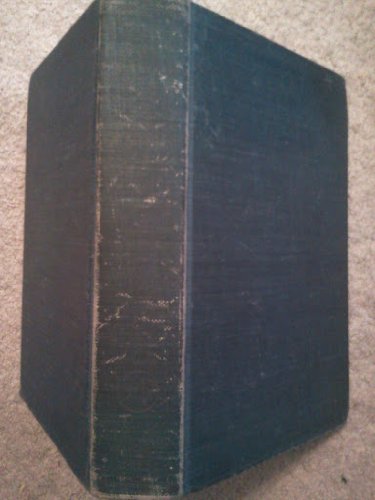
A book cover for The Alkaloids Chemistry and Physiology Volume 1; Science & Math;